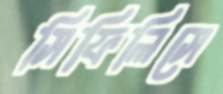
সিফিলিসে